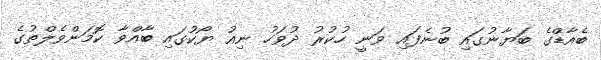
ބެއާޑްގެ ބަޔާނުގައި ބުނެފައި ވަނީ ހުކުރު ދުވަހު ނިއު ޔޯކުގައި ބާއްވާ ކޮމަންވެލްތުގެ